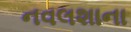
નવલશાના